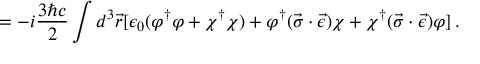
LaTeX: = - i \frac { 3 \hbar c } { 2 } \int d ^ { 3 } \vec { r } [ \epsilon _ { 0 } ( \varphi ^ { \dagger } \varphi + \chi ^ { \dagger } \chi ) + \varphi ^ { \dagger } ( \vec { \sigma } \cdot \vec { \epsilon } ) \chi + \chi ^ { \dagger } ( \vec { \sigma } \cdot \vec { \epsilon } ) \varphi ] \, { . }